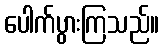
ပေါက်ပွားကြသည်။